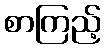
စာကြည့်